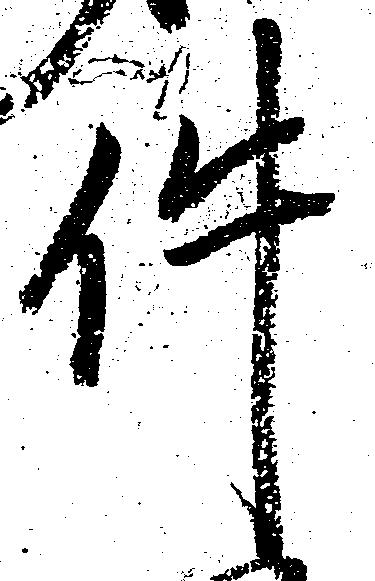
件